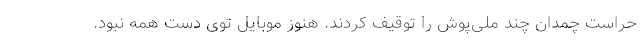
حراست چمدان چند ملی‌پوش را توقیف کردند. هنوز موبایل توی دست همه نبود.